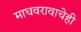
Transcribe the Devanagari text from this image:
माधवरावाचेही